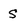
Character: s